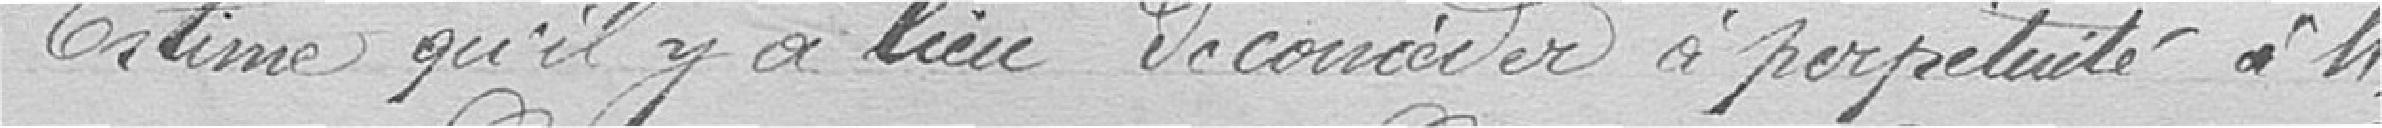
Estime qu'il y a lieu de concéder à perpétuité à Monsieur